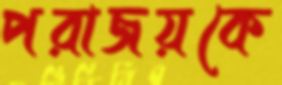
পরাজয়কে